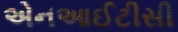
એનઆઈટીસી